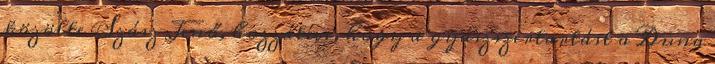
közölte Szász Jenő, hozzátéve, hogy a gyászszertartást a Duna